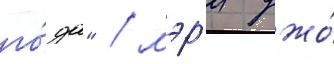
го́да" / мэр'и джо́